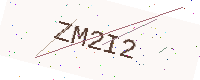
Text: ZM2I2